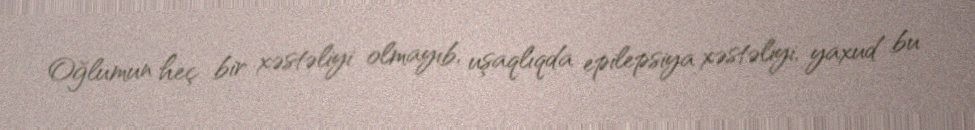
Oğlumun heç bir xəstəliyi olmayıb, uşaqlıqda epilepsiya xəstəliyi, yaxud bu